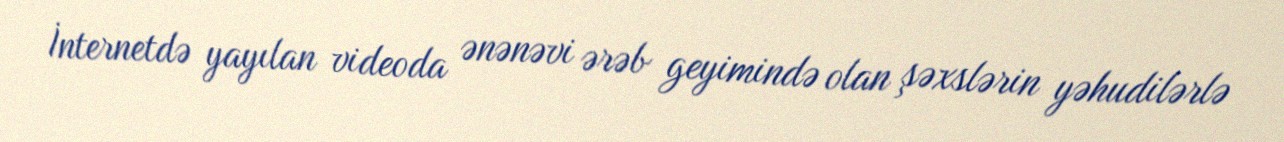
İnternetdə yayılan videoda ənənəvi ərəb geyimində olan şəxslərin yəhudilərlə